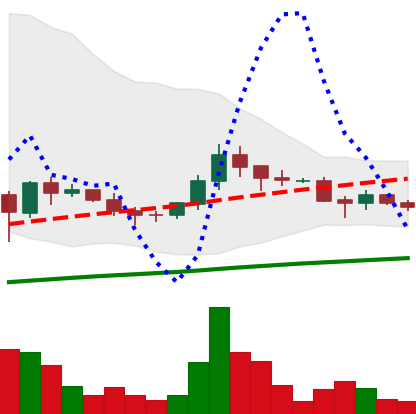
Ticker: DOGE-USD
Chart end date: 2021-06-11
Forward return: -3.632%
Label: down_3_5